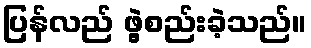
ပြန်လည် ဖွဲ့စည်းခဲ့သည်။